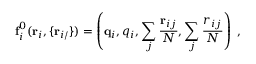
\mathbf f _ { i } ^ { 0 } ( \mathbf r _ { i } , \{ \mathbf r _ { i / } \} ) = \left( \mathbf q _ { i } , q _ { i } , \sum _ { j } \frac { \mathbf r _ { i j } } N , \sum _ { j } \frac { r _ { i j } } N \right) \ ,